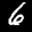
Label: 6